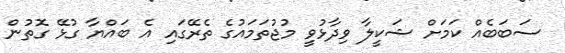
ސަބަބެއް ކަމަށް ޝަކީލާ ވިދާޅުވީ މުޖުތަމައުގެ ތެރޭގައި އެ ބައްޔާ ގުޅޭ ގޮތުން